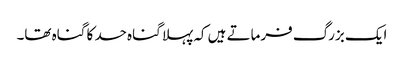
ایک بزرگ فرماتے ہیں کہ پہلا گناہ حسد کا گناہ تھا۔